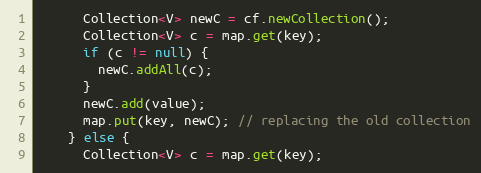
Language: Java
      Collection<V> newC = cf.newCollection();
      Collection<V> c = map.get(key);
      if (c != null) {
        newC.addAll(c);
      }
      newC.add(value);
      map.put(key, newC); // replacing the old collection
    } else {
      Collection<V> c = map.get(key);